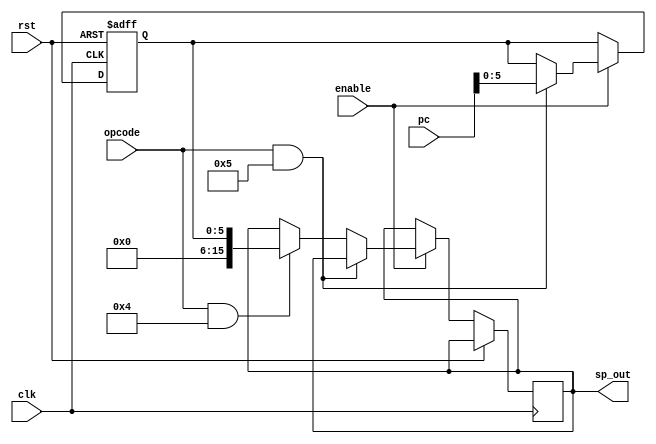
module Stack_pointer(
input clk,rst,
input enable,
input [5:0] opcode,
input [15:0] pc,
output reg [15:0] sp_out
);

reg [5:0]sp_reg;

always @ (posedge rst, posedge clk)begin
  if(rst) begin
    sp_reg<=16'd0;
end
else begin
  if(enable)begin
    if(opcode&&6'b000101)begin //store
     sp_reg<=pc;
    end else if(opcode&&6'b000100)begin //load
              sp_out<= sp_reg;
             end
  end
end
end
endmodule



/*****Stack_pointer_tb*****/

module Stack_pointer_tb;
reg clk, rst, enable;
reg [5:0] opcode;
reg [15:0] pc;
wire [15:0] sp_out;

Stack_pointer SP( .clk(clk), .rst(rst), .enable(enable), .opcode(opcode), .pc(pc), .sp_out(sp_out));

localparam CLK_PERIOD = 100;
  localparam RUNNING_CYCLES = 10;
  initial begin
    clk = 0;
    repeat (2*RUNNING_CYCLES) #(CLK_PERIOD/2) clk = ~clk;
  end

localparam RST_DURATION = 25;
initial begin
  rst = 1;
  #(RST_DURATION) ;
  rst = 0;
end

initial begin
  enable = 0;
  opcode = 6'b000000;
  pc = 16'h0000;
  end

initial begin
  #(1*CLK_PERIOD) ;
  enable = 1;
  opcode = 6'b000101;
  pc = 16'h0001;
  #(1*CLK_PERIOD) ;
  enable = 1;
  opcode = 6'b000100;
  pc = 16'h0001;
  #(1*CLK_PERIOD) ;
  enable = 1;
  opcode = 6'b000100;
  pc = 16'h0001;
end
endmodule